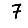
Digit: 7